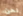
نحن